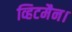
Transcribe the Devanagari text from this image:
व्हिटमैन।